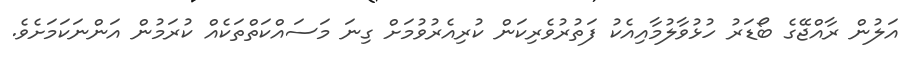
އަލުން ރާއްޖޭގެ ބޯޑަރު ހުޅުވާލުމާއިއެކު ފަތުރުވެރިކަން ކުރިއެރުވުމަށް ގިނަ މަސައްކަތްތަކެއް ކުރަމުން އަންނަކަމަށެވެ.